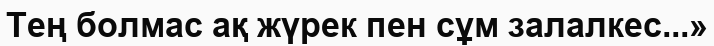
Тең болмас ақ жүрек пен сұм залалкес...»